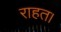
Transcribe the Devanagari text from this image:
राहत।